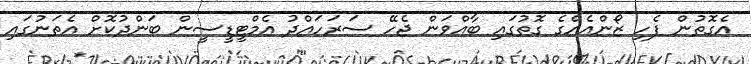
އެގޮތުން ފެހި ޒޯންއެއްގެ ގޮތުގައި ބާއްވަން ޖެހޭ ސަރަަހައްދު އެމްޓީޑީސީން ބަންދުކޮށް އެތަނުގައި